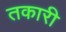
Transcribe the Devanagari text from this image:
तकारी